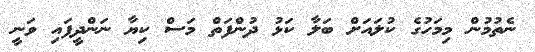
ނެތުމުން މިމަހުގެ ކުލައަށް ބަލާ ކަޅު ދުންފަތް މަސް ކިޔާ ނަންދީފައި ވަނީ